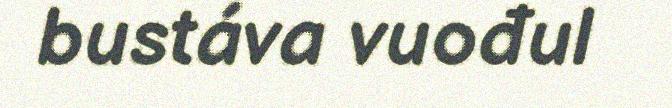
bustáva vuođul